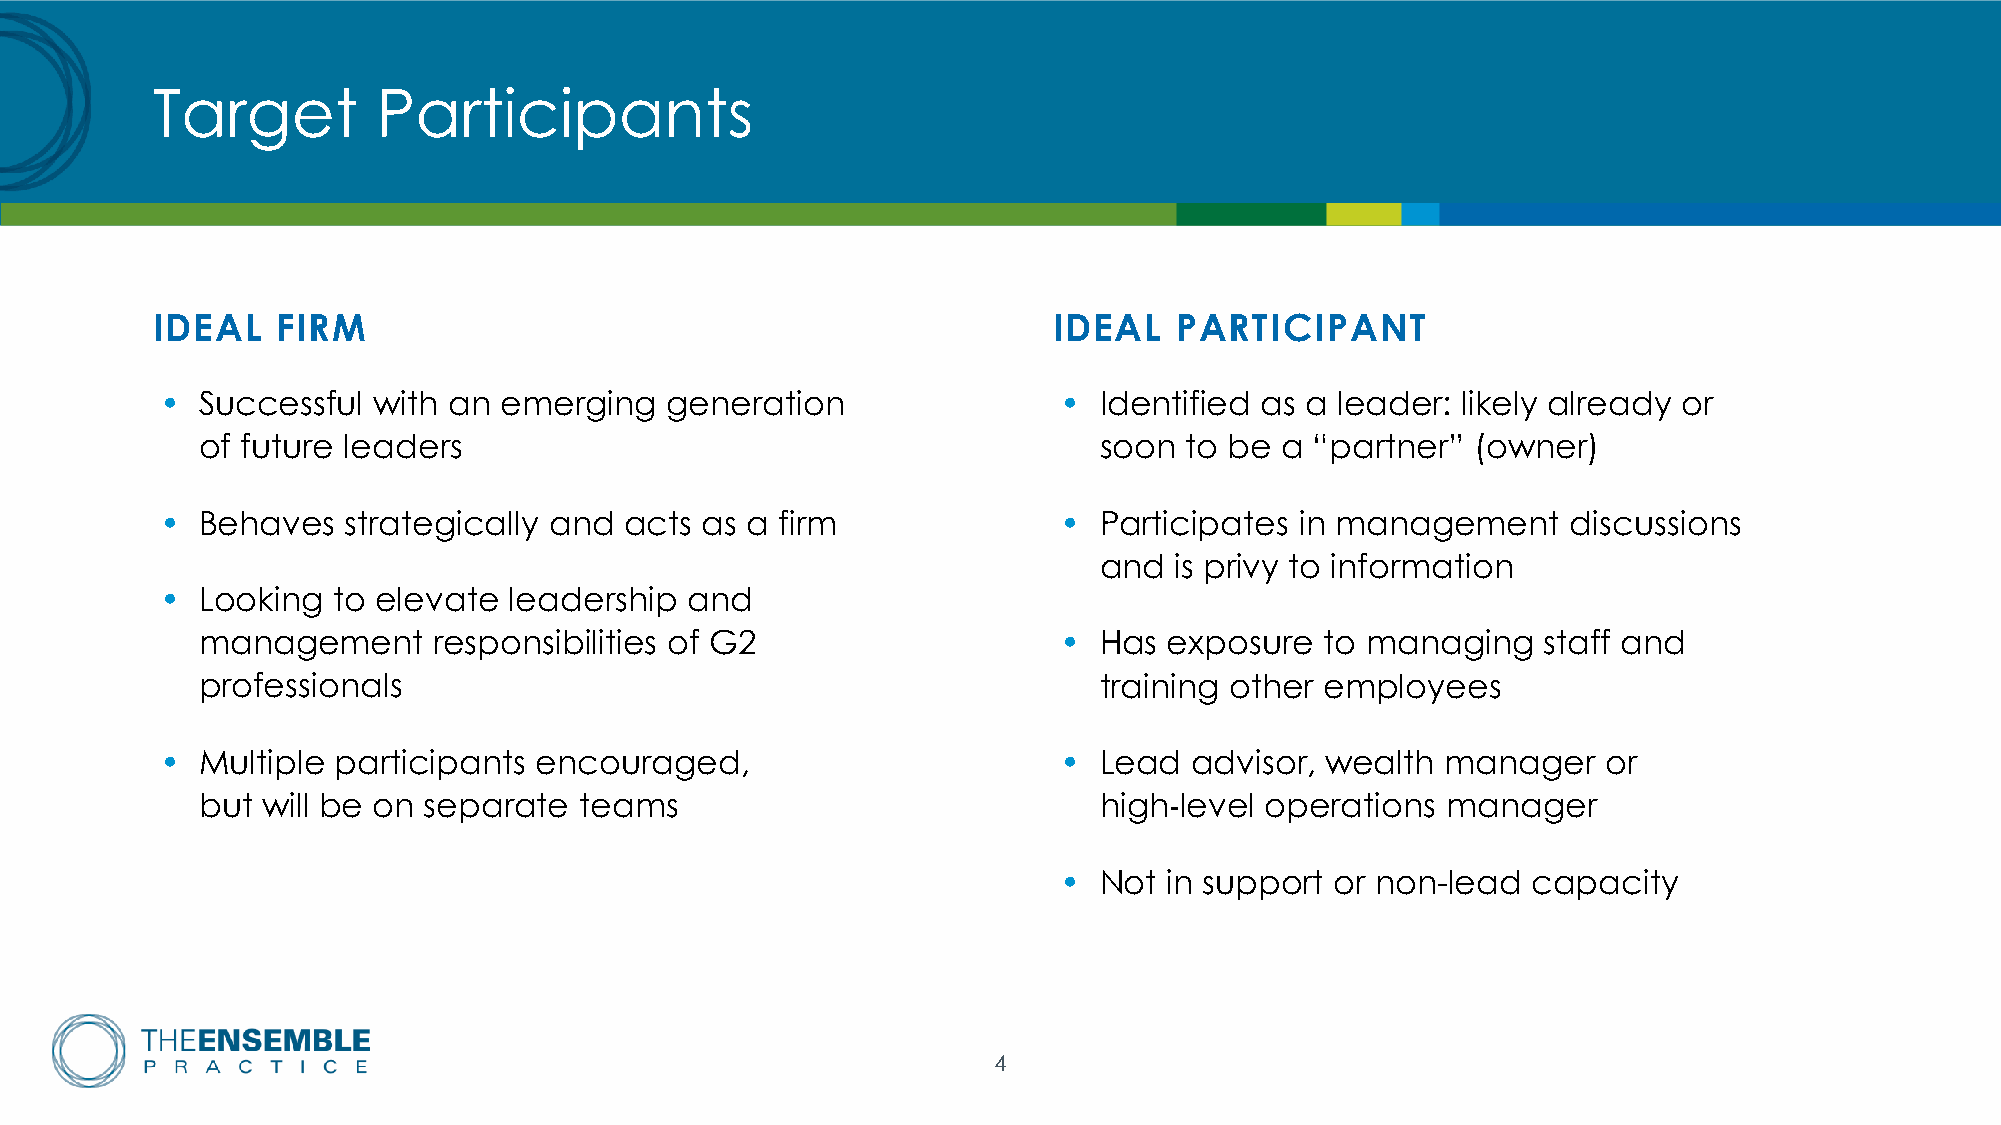
Target         Participants
 IDEAL   FIRM                                                IDEAL   PARTICIPANT
 • Successful  with an emerging   generation                •  Identified as a leader: likely already or
 of future leaders                                           soon to be  a “partner”  (owner)
 • Behaves   strategically and acts as a  firm              •  Participates in management     discussions
 and  is privy to information
 • Looking  to elevate  leadership and
 management      responsibilities of G2                   •  Has exposure   to managing   staff and
 professionals                                               training other employees
 • Multiple participants encouraged,                        •  Lead  advisor, wealth  manager   or
 but will be on separate  teams                              high level operations  manager
 •  Not i‐n support or non-lead capacity
 4